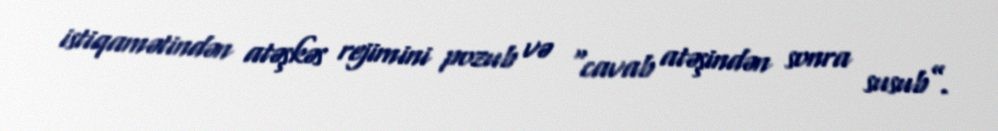
istiqamətindən atəşkəs rejimini pozub və “cavab atəşindən sonra susub”.